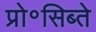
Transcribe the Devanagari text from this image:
प्रो॰सिब्ते